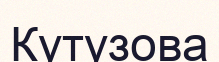
Кутузова